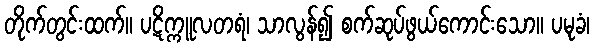
တိုက်တွင်းထက်။ ပဋိက္ကူလတရံ၊ သာလွန်၍ စက်ဆုပ်ဖွယ်ကောင်းသော။ ပမုခံ၊